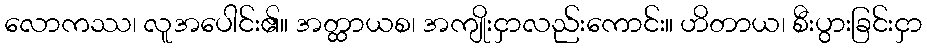
လောကဿ၊ လူအပေါင်း၏။ အတ္ထာယစ၊ အကျိုးငှာလည်းကောင်း။ ဟိတာယ၊ စီးပွားခြင်းငှာ